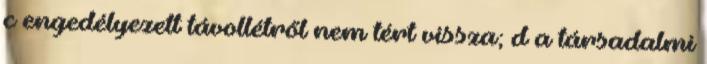
c engedélyezett távollétről nem tért vissza; d a társadalmi